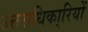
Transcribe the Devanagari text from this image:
उत्तराधिका्रियों